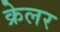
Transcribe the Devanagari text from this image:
क्रेलर